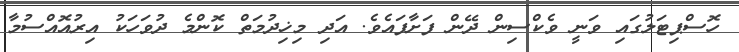
ހޮސްޕިޓަލުގައި ވަނީ ވެކްސިން ދޭން ފަށާފައެވެ. އަދި މިޚިދުމަތް ކޮންމެ ދުވަހަކު އިރުއޮއްސުމާ